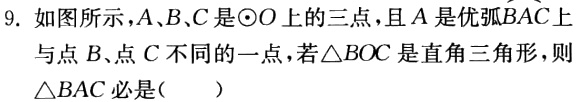
9. 如图所示，\(A、B、C\)是\(\odot O\)上的三点，且\(A\)是优弧\(\overset{\frown}{BAC}\)上与点\(B\)、点\(C\)不同的一点，若\(\triangle BOC\)是直角三角形，则\(\triangle BAC\)必是(  )